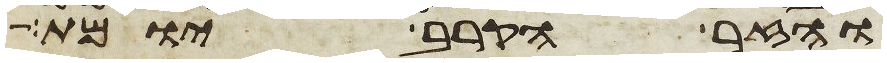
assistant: והזר הקרב יומת